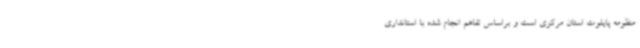
منظومه پایلوت استان مرکزی است و براساس تفاهم انجام شده با استانداری